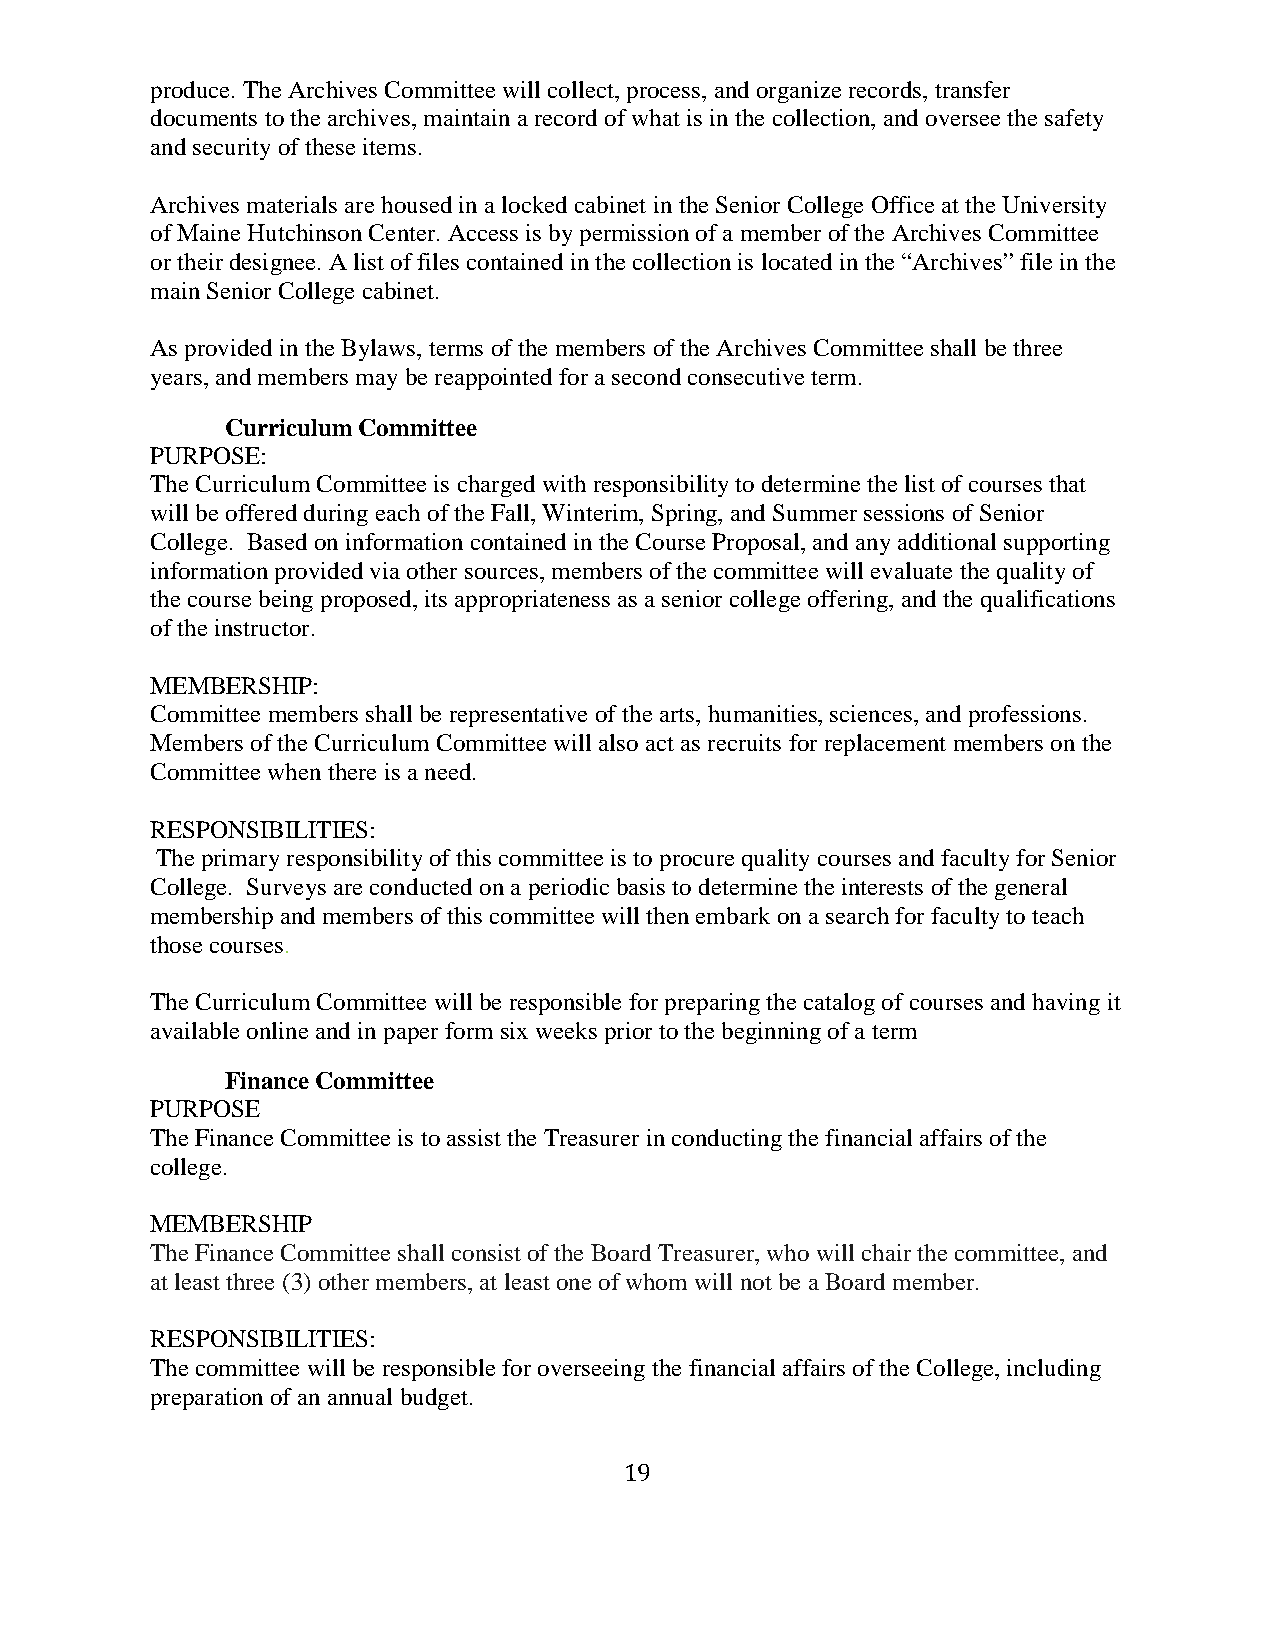
produce. The Archives Committee will collect, process, and organize records, transfer
 documents to the archives, maintain a record of what is in the collection, and oversee the safety
 and security of these items.
 Archives materials are housed in a locked cabinet in the Senior College Office at the University
 of Maine Hutchinson Center. Access is by permission of a member of the Archives Committee
 or their designee. A list of files contained in the collection is located in the “Archives” file in the
 main Senior College cabinet.
 As provided in the Bylaws, terms of the members of the Archives Committee shall be three
 years, and members may be reappointed for a second consecutive term.
 Curriculum Committee
 PURPOSE:
 The Curriculum Committee is charged with responsibility to determine the list of courses that
 will be offered during each of the Fall, Winterim, Spring, and Summer sessions of Senior
 College. Based on information contained in the Course Proposal, and any additional supporting
 information provided via other sources, members of the committee will evaluate the quality of
 the course being proposed, its appropriateness as a senior college offering, and the qualifications
 of the instructor.
 MEMBERSHIP:
 Committee members shall be representative of the arts, humanities, sciences, and professions.
 Members of the Curriculum Committee will also act as recruits for replacement members on the
 Committee when there is a need.
 RESPONSIBILITIES:
 The primary responsibility of this committee is to procure quality courses and faculty for Senior
 College. Surveys are conducted on a periodic basis to determine the interests of the general
 membership and members of this committee will then embark on a search for faculty to teach
 those courses.
 The Curriculum Committee will be responsible for preparing the catalog of courses and having it
 available online and in paper form six weeks prior to the beginning of a term
 Finance Committee
 PURPOSE
 The Finance Committee is to assist the Treasurer in conducting the financial affairs of the
 college.
 MEMBERSHIP
 The Finance Committee shall consist of the Board Treasurer, who will chair the committee, and
 at least three (3) other members, at least one of whom will not be a Board member.
 RESPONSIBILITIES:
 The committee will be responsible for overseeing the financial affairs of the College, including
 preparation of an annual budget.
 19